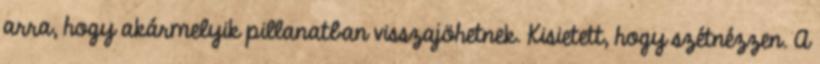
arra, hogy akármelyik pillanatban visszajöhetnek. Kisietett, hogy szétnézzen. A